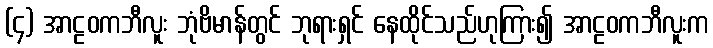
(၄) အာဠဝကဘီလူး ဘုံဗိမာန်တွင် ဘုရားရှင် နေထိုင်သည်ဟုကြား၍ အာဠဝကဘီလူးက